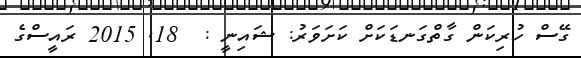
ގޭސް ހުރިކަން ގާތްގަނޑަކަށް ކަށަވަރު: ޝައިނީ :  18